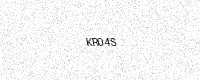
Text: KR04S